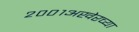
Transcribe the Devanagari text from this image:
२००१अखेरच्या